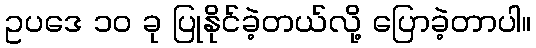
ဥပဒေ ၁၀ ခု ပြုနိုင်ခဲ့တယ်လို့ ပြောခဲ့တာပါ။